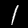
Label: 1